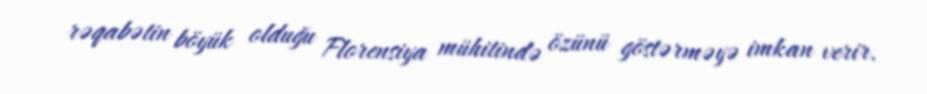
rəqabətin böyük olduğu Florensiya mühitində özünü göstərməyə imkan verir.